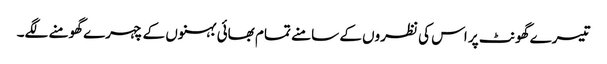
تیسرے گھونٹ پر اس کی نظروں کے سامنے تمام بھائی بہنوں کے چہرے گھومنے لگے۔